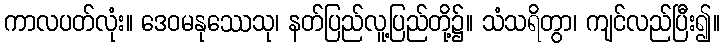
ကာလပတ်လုံး။ ဒေဝမနုဿေသု၊ နတ်ပြည်လူ့ပြည်တို့၌။ သံသရိတွာ၊ ကျင်လည်ပြီး၍။